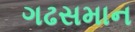
ગઢસમાન